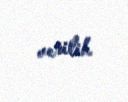
verilib.